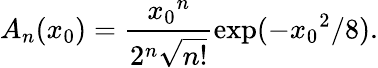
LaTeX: A_{n}(x_{0})=\frac{{x_{0}}^{n}}{2^{n}\sqrt{n!}}\exp(-{x_{0}}^{2}/8).